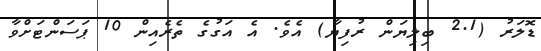
ޑޮލަރު (2.1 ބިލިޔަން ރުފިޔާ) އެވެ. އެ އަގުގެ ތެރެއިން 10 ޕަސަންޓަށްވާ